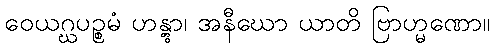
ဝေယဂ္ဃပဉ္စမံ ဟန္တွာ၊ အနီဃော ယာတိ ဗြာဟ္မဏော။